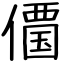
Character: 𠏹